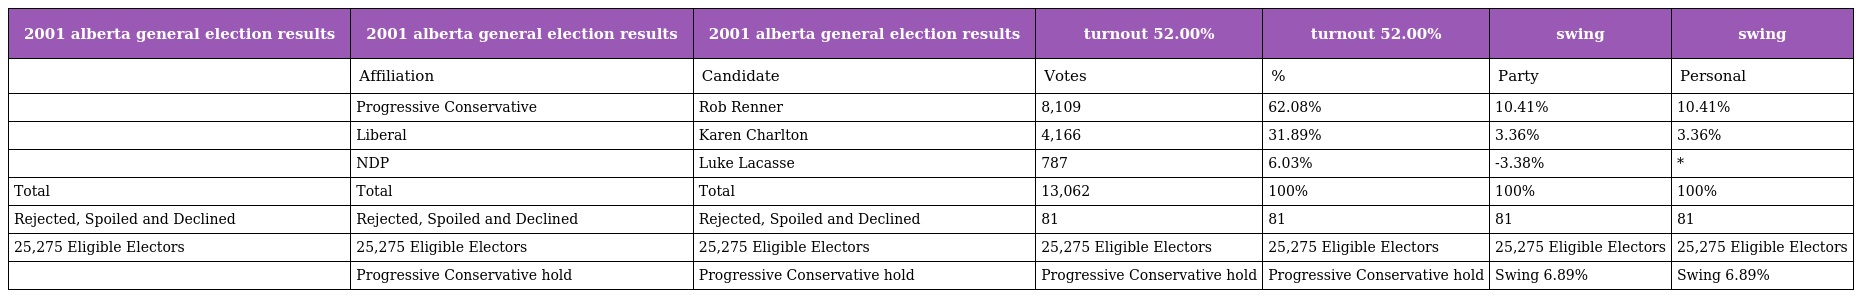
| 2001 alberta general election results | 2001 alberta general election results | 2001 alberta general election results | turnout 52.00% | turnout 52.00% | swing | swing |
 | --- | --- | --- | --- | --- | --- | --- |
 |  | Affiliation | Candidate | Votes | % | Party | Personal |
 |  | Progressive Conservative | Rob Renner | 8,109 | 62.08% | 10.41% | 10.41% |
 |  | Liberal | Karen Charlton | 4,166 | 31.89% | 3.36% | 3.36% |
 |  | NDP | Luke Lacasse | 787 | 6.03% | -3.38% | * |
 | Total | Total | Total | 13,062 | 100% | 100% | 100% |
 | Rejected, Spoiled and Declined | Rejected, Spoiled and Declined | Rejected, Spoiled and Declined | 81 | 81 | 81 | 81 |
 | 25,275 Eligible Electors | 25,275 Eligible Electors | 25,275 Eligible Electors | 25,275 Eligible Electors | 25,275 Eligible Electors | 25,275 Eligible Electors | 25,275 Eligible Electors |
 |  | Progressive Conservative hold | Progressive Conservative hold | Progressive Conservative hold | Progressive Conservative hold | Swing 6.89% | Swing 6.89% |